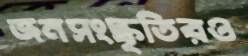
জনসংস্কৃতিরও